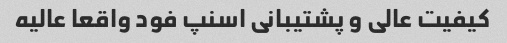
کیفیت عالی و پشتیبانی اسنپ فود واقعا عالیه